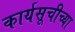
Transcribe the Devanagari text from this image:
कार्यसूचीच्या